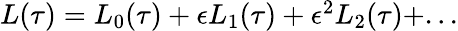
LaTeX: \begin{array}{r}{L(\tau)=L_{0}(\tau)+\epsilon L_{1}(\tau)+\epsilon^{2}L_{2}(\tau)+...}\end{array}